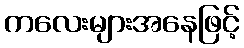
ကလေးများအနေဖြင့်